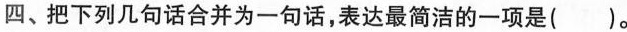
四、把下列几句话合并为一句话，表达最简洁的一项是( )。